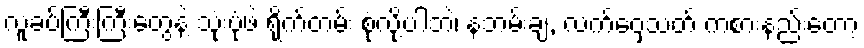
လူခပ်ကြီးကြီးတွေနဲ့ သုံးပုံဖဲ ရိုက်တမ်း စုံလို့ပါဘဲ၊ နဘမ်းချ, လက်ဝှေ့သတ် ကစားနည်းတော့